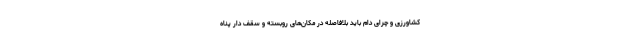
کشاورزی و چرای دام باید بلافاصله در مکان‌های روبسته و سقف دار پناه